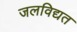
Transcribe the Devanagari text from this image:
जलविद्यत